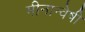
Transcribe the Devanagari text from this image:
मीनान्वेषी